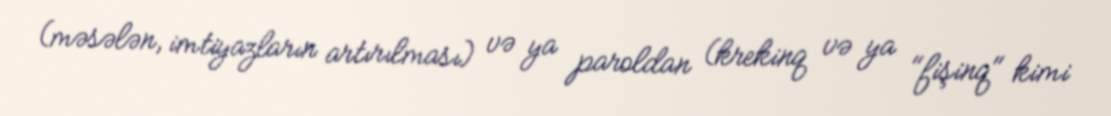
(məsələn, imtiyazların artırılması) və ya paroldan (krekinq və ya "fişinq" kimi